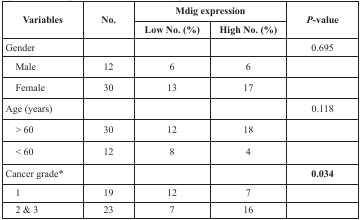
| <ROWSPAN=2> Variables | <ROWSPAN=2> No. | <COLSPAN=2> Mdig expression | <ROWSPAN=2> P-value |
 | Low No. (%) | High No. (%) |
 | --- | --- | --- | --- | --- |
 | Gender |  |  |  | 0.695 |
 | Male | 12 | 6 | 6 |  |
 | Female | 30 | 13 | 17 |  |
 | Age (years) |  |  |  | 0.118 |
 | > 60 | 30 | 12 | 18 |  |
 | < 60 | 12 | 8 | 4 |  |
 | Cancer grade* |  |  |  | 0.034 |
 | 1 | 19 | 12 | 7 |  |
 | 2 & 3 | 23 | 7 | 16 |  |